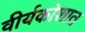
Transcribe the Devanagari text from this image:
वीर्यकोशात